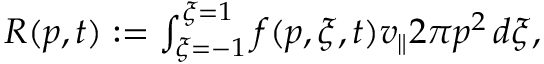
\begin{array} { r } { R ( p , t ) : = \int _ { \xi = - 1 } ^ { \xi = 1 } f ( p , \xi , t ) v _ { \parallel } 2 \pi p ^ { 2 } \, d \xi , } \end{array}